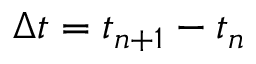
\Delta t = t _ { n + 1 } - t _ { n }